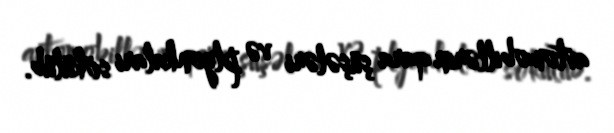
avtomobillərin qara şüşələri və plyonkalari sökülüb.